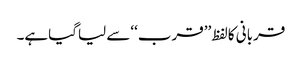
قربانی کالفظ ’’قرب‘‘سے لیاگیاہے۔